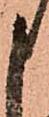
申